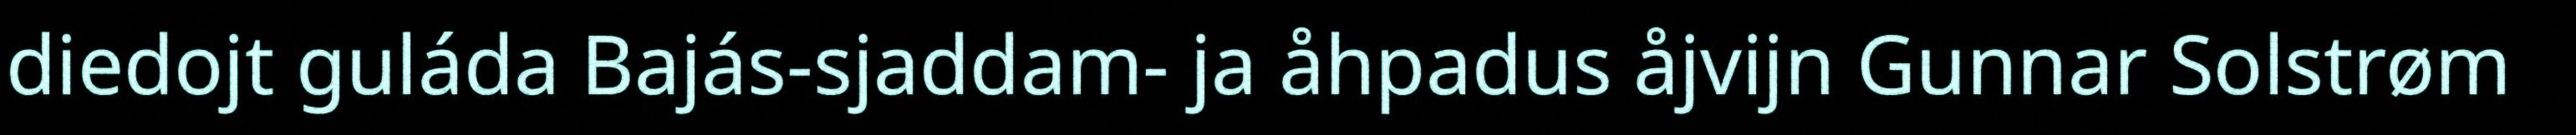
diedojt guláda Bajás-sjaddam- ja åhpadus åjvijn Gunnar Solstrøm